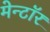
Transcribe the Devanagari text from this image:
मेन्टॉर